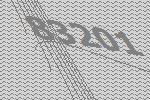
83201